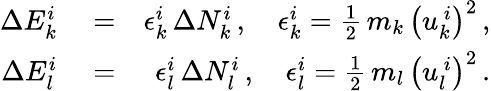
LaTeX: \begin{array}{rlr}{\Delta E_{k}^{i}}&{{}=}&{\epsilon_{k}^{i}\, \Delta N_{k}^{i}\, ,\quad\epsilon_{k}^{i}=\frac{1}{2}\, m_{k}\, \left(u_{k}^{\, i}\right)^{2}\, ,}\\ {\Delta E_{l}^{i}}&{{}=}&{\epsilon_{l}^{i}\, \Delta N_{l}^{i}\, ,\quad\epsilon_{l}^{i}=\frac{1}{2}\, m_{l}\, \left(u_{l}^{\, i}\right)^{2}\, .}\end{array}